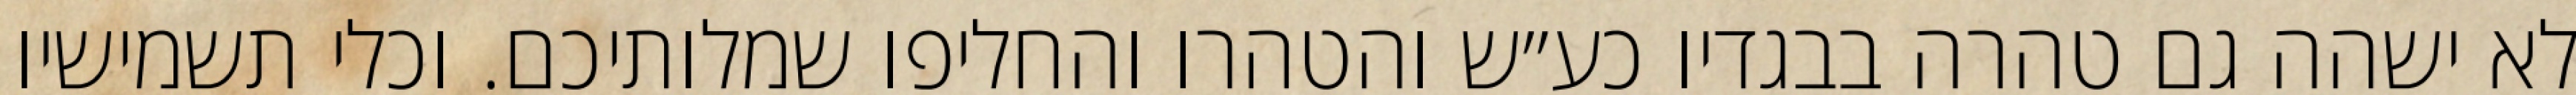
לא ישהה גם טהרה בבגדיו כע״ש והטהרו והחליפו שמלותיכם. וכלי תשמישיו